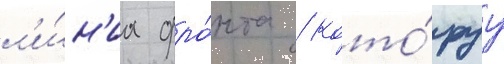
л'и́н'иа фро́нта / кото́руу